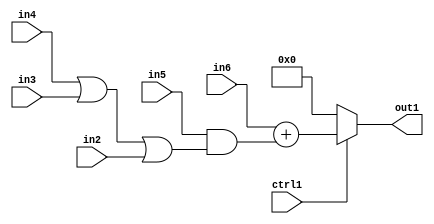
`timescale 1ps / 1ps
/*****************************************************************************
    Verilog RTL Description
    
    
    Created by: CellMath Designer 2019.1.01 
*******************************************************************************/

module fix2float_MuxAdd2And2Or3u1u1u1u1s23i0u1_4_3 (
	in6,
	in5,
	in4,
	in3,
	in2,
	ctrl1,
	out1
	); /* architecture "behavioural" */ 
input [22:0] in6;
input  in5,
	in4,
	in3,
	in2,
	ctrl1;
output [22:0] out1;
wire [22:0] asc001,
	asc003;
wire  asc004,
	asc005;

assign asc005 = 
	(in4)
	|(in3)
	|(in2);

assign asc004 = 
	(in5)
	&(asc005);

assign asc003 = 
	+(in6)
	+(asc004);

reg [22:0] asc001_tmp_0;
assign asc001 = asc001_tmp_0;
always @ (ctrl1 or asc003) begin
	case (ctrl1)
		1'B1 : asc001_tmp_0 = asc003 ;
		default : asc001_tmp_0 = 23'B00000000000000000000000 ;
	endcase
end

assign out1 = asc001;
endmodule

/* CADENCE  vrjyTww= : u9/ySgnWtBlWxVPRXgAZ4Og= ** DO NOT EDIT THIS LINE ******/